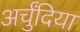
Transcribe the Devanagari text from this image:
अर्चुंदिया